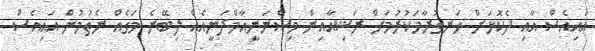
އައިއެސް އާއި ދެކޮޅަށް ހަނގުރާމަކުރުމަށް ރަޝިއާއިން ވިސްނަނީއާމްދަނީއެއް ލިބޭނެ މަގެއް ނެތުމުން އައިއެސް